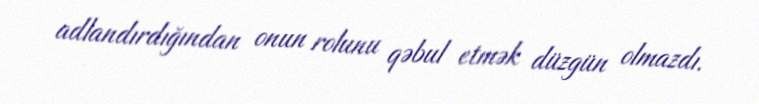
adlandırdığından onun rolunu qəbul etmək düzgün olmazdı.